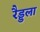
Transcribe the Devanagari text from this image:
रैड्डला